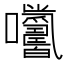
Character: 𡆓